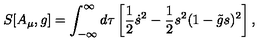
S [ A _ { \mu } , g ] = \int _ { - \infty } ^ { \infty } d \tau \left[ { \frac { 1 } { 2 } } \dot { s } ^ { 2 } - { \frac { 1 } { 2 } } s ^ { 2 } ( 1 - \tilde { g } s ) ^ { 2 } \right] ,